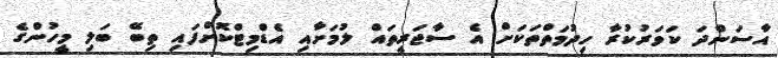
އާސަންދަ ކަވަރުކުރާ ހިދުމަތްތަކަށް އެ ސާޖަރީތައް ލުމަށާއި އެޑްމިޓްކޮށްފައި ތިބޭ ބަލި މީހުންގެ